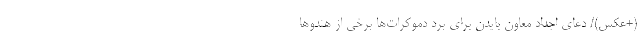
(+عکس)/ دعای اجداد معاون بایدن برای برد دموکرات‌ها برخی از هندوها